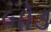
બોડ